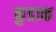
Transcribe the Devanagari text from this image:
कुडाक